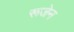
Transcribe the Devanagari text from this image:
रूजेन